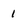
Character: 1